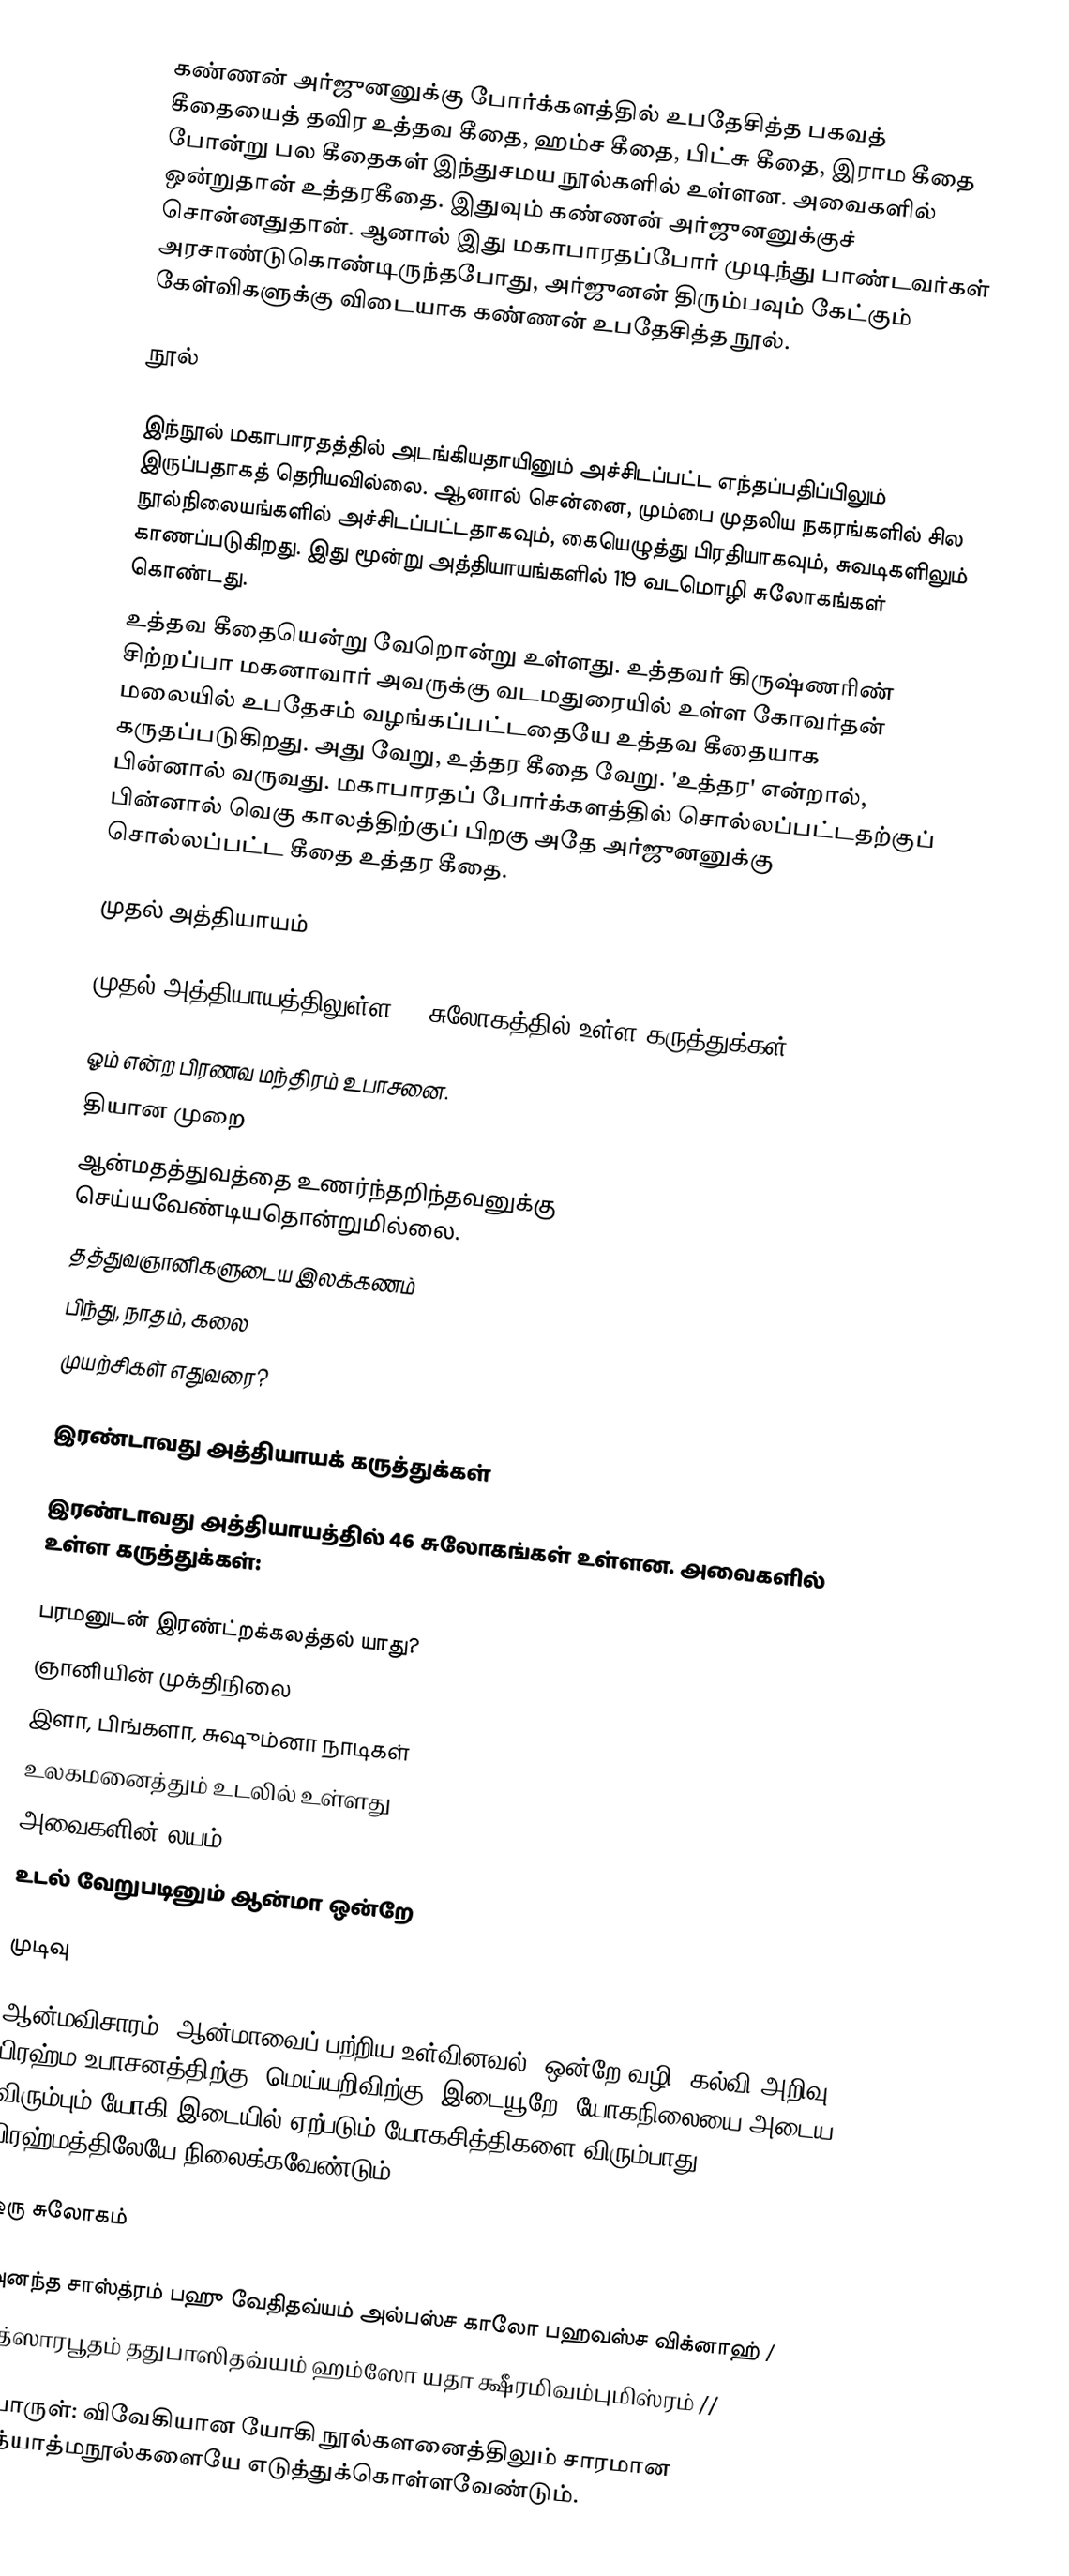
கண்ணன் அர்ஜுனனுக்கு போர்க்களத்தில் உபதேசித்த பகவத் கீதையைத் தவிர உத்தவ கீதை, ஹம்ச கீதை, பிட்சு கீதை, இராம கீதை போன்று பல கீதைகள் இந்துசமய நூல்களில் உள்ளன. அவைகளில் ஒன்றுதான் உத்தரகீதை. இதுவும் கண்ணன் அர்ஜுனனுக்குச் சொன்னதுதான். ஆனால் இது மகாபாரதப்போர் முடிந்து பாண்டவர்கள் அரசாண்டுகொண்டிருந்தபோது, அர்ஜுனன் திரும்பவும் கேட்கும் கேள்விகளுக்கு  விடையாக கண்ணன் உபதேசித்த நூல்.

நூல்

இந்நூல் மகாபாரதத்தில் அடங்கியதாயினும் அச்சிடப்பட்ட எந்தப்பதிப்பிலும் இருப்பதாகத் தெரியவில்லை. ஆனால் சென்னை, மும்பை முதலிய நகரங்களில் சில நூல்நிலையங்களில் அச்சிடப்பட்டதாகவும், கையெழுத்து பிரதியாகவும், சுவடிகளிலும் காணப்படுகிறது. இது  மூன்று அத்தியாயங்களில் 119  வடமொழி சுலோகங்கள் கொண்டது.
உத்தவ கீதையென்று வேறொன்று உள்ளது.  உத்தவர் கிருஷ்ணரிண் சிற்றப்பா மகனாவார் அவருக்கு வடமதுரையில் உள்ள கோவர்தன் மலையில் உபதேசம் வழங்கப்பட்டதையே உத்தவ கீதையாக கருதப்படுகிறது. அது வேறு,  உத்தர கீதை வேறு. 'உத்தர' என்றால், பின்னால் வருவது.  மகாபாரதப் போர்க்களத்தில் சொல்லப்பட்டதற்குப் பின்னால் வெகு காலத்திற்குப் பிறகு அதே அர்ஜுனனுக்கு சொல்லப்பட்ட கீதை  உத்தர கீதை.

முதல் அத்தியாயம்

முதல் அத்தியாயத்திலுள்ள 56 சுலோகத்தில் உள்ள கருத்துக்கள்:

 ஓம் என்ற பிரணவ மந்திரம் உபாசனை.
 தியான முறை
 ஆன்மதத்துவத்தை உணர்ந்தறிந்தவனுக்கு செய்யவேண்டியதொன்றுமில்லை.
 தத்துவஞானிகளுடைய இலக்கணம்
 பிந்து, நாதம், கலை
 முயற்சிகள் எதுவரை?

இரண்டாவது அத்தியாயக் கருத்துக்கள்

இரண்டாவது அத்தியாயத்தில் 46 சுலோகங்கள் உள்ளன. அவைகளில் உள்ள கருத்துக்கள்:

 பரமனுடன் இரண்ட்றக்கலத்தல் யாது?
 ஞானியின் முக்திநிலை
 இளா, பிங்களா, சுஷும்னா நாடிகள்
 உலகமனைத்தும் உடலில் உள்ளது
 அவைகளின் லயம்
 உடல் வேறுபடினும் ஆன்மா ஒன்றே

முடிவு

ஆன்மவிசாரம் (ஆன்மாவைப் பற்றிய உள்வினவல்) ஒன்றே வழி. கல்வி அறிவு பிரஹ்ம உபாசனத்திற்கு (மெய்யறிவிற்கு) இடையூறே. யோகநிலையை அடைய விரும்பும் யோகி இடையில் ஏற்படும் யோகசித்திகளை விரும்பாது பிரஹ்மத்திலேயே நிலைக்கவேண்டும்.

ஒரு சுலோகம்

 அனந்த சாஸ்த்ரம் பஹு வேதிதவ்யம் அல்பஸ்ச காலோ பஹவஸ்ச விக்னாஹ் /
 யத்ஸாரபூதம் ததுபாஸிதவ்யம் ஹம்ஸோ யதா க்ஷீரமிவம்புமிஸ்ரம் //

பொருள்: விவேகியான யோகி நூல்களனைத்திலும் சாரமான அத்யாத்மநூல்களையே எடுத்துக்கொள்ளவேண்டும்.